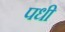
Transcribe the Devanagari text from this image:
पधी